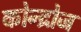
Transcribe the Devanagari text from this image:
कोन्द्रोज